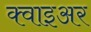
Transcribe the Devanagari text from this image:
क्वाइअर